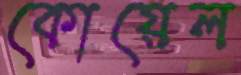
কোয়েল